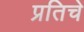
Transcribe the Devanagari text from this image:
प्रतिचे